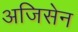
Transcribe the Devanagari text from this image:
अजिसेन